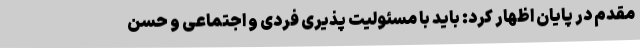
مقدم در پایان اظهار کرد: باید با مسئولیت پذیری فردی و اجتماعی و حسن